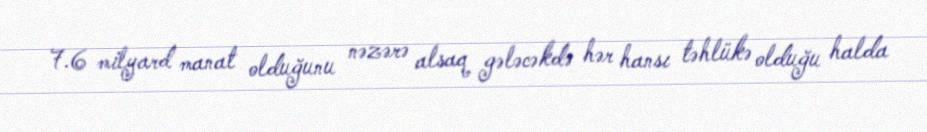
7.6 milyard manat olduğunu nəzərə alsaq gələcəkdə hər hansı təhlükə olduğu halda